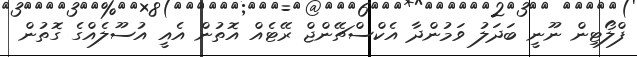
ފްލޯޓިން ނޫނީ ބަދަލު ވަމުންދާ އެކްސްޗޭންޖް ރޭޓެއް އޮތުން އެއީ އުސޫލެއްގެ ގޮތުން